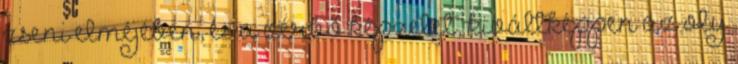
zseni elméjében, és a vérbő képzelet, kiváltképpen az oly